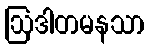
ဩဒါတမနသာ